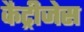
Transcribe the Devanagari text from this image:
कैट्रीजेस